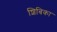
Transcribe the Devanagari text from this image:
शिबिका